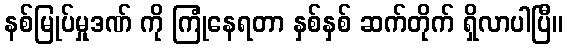
နစ်မြုပ်မှုဒဏ် ကို ကြုံနေရတာ နှစ်နှစ် ဆက်တိုက် ရှိလာပါပြီ။